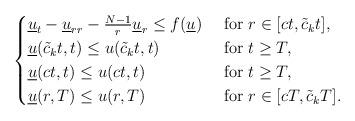
LaTeX: \begin{align*}\begin{cases}\underline u_t-\underline u_{rr}-\frac{N-1}{r}\underline u_r\leq f(\underline u) & \mbox{ for } r\in [ct, \tilde c_k t],\\\underline u(\tilde c_kt,t)\leq u(\tilde c_k t, t) &\mbox{ for } t\geq T,\\\underline u(ct,t)\leq u(c t, t) &\mbox{ for } t\geq T,\\\underline u(r, T)\leq u(r, T) &\mbox{ for } r\in [cT, \tilde c_k T].\end{cases}\end{align*}